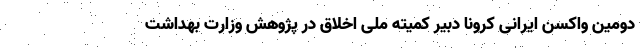
دومین واکسن ایرانی کرونا دبیر کمیته ملی اخلاق در پژوهش وزارت بهداشت